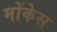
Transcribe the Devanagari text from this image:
मोंकेस